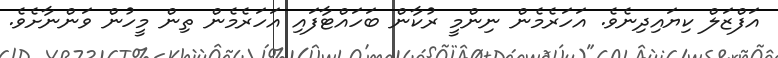
އަފްޒަލް ކިޔައިދިނެވެ. އަހަރެމެން ނިންމީ ރުކާން ބަހައްޓާފައި އަހަރެމެން ތިން މީހުން ވަންނާށެވެ.